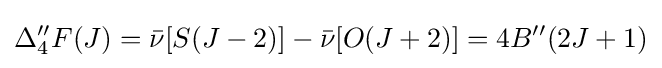
\Delta _{4}^{\prime \prime }F(J)={\bar {\nu }}[S(J-2)]-{\bar {\nu }}[O(J+2)]=4B^{\prime \prime }(2J+1)